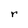
Character: r